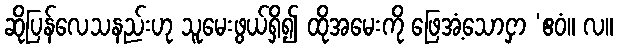
ဆိုပြန်လေသနည်းဟု သူမေးဖွယ်ရှိ၍ ထိုအမေးကို ဖြေအံ့သောငှာ ‘ဧဝံ။ လ။